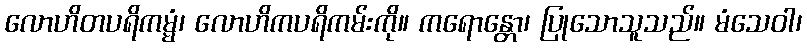
လောဟိတပရိကမ္မံ၊ လောဟိကပရိကမ်းကို။ ကရောန္တော၊ ပြုသောသူသည်။ မံသေဝါ၊